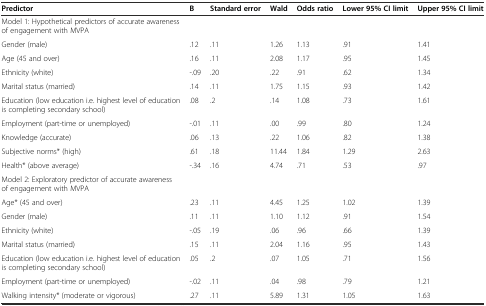
| Predictor | Β | Standard error | Wald | Odds ratio | Lower 95% CI limit | Upper 95% CI limit |
 | --- | --- | --- | --- | --- | --- | --- |
 | Model 1: Hypothetical predictors of accurate awareness of engagement with MVPA |  |  |  |  |  |  |
 | Gender (male) | .12 | .11 | 1.26 | 1.13 | .91 | 1.41 |
 | Age (45 and over) | .16 | .11 | 2.08 | 1.17 | .95 | 1.45 |
 | Ethnicity (white) | -.09 | .20 | .22 | .91 | .62 | 1.34 |
 | Marital status (married) | .14 | .11 | 1.75 | 1.15 | .93 | 1.42 |
 | Education (low education i.e. highest level of education is completing secondary school) | .08 | .2 | .14 | 1.08 | .73 | 1.61 |
 | Employment (part-time or unemployed) | -.01 | .11 | .00 | .99 | .80 | 1.24 |
 | Knowledge (accurate) | .06 | .13 | .22 | 1.06 | .82 | 1.38 |
 | Subjective norms* (high) | .61 | .18 | 11.44 | 1.84 | 1.29 | 2.63 |
 | Health* (above average) | -.34 | .16 | 4.74 | .71 | .53 | .97 |
 | Model 2: Exploratory predictor of accurate awareness of engagement with MVPA |  |  |  |  |  |  |
 | Age* (45 and over) | .23 | .11 | 4.45 | 1.25 | 1.02 | 1.39 |
 | Gender (male) | .11 | .11 | 1.10 | 1.12 | .91 | 1.54 |
 | Ethnicity (white) | -.05 | .19 | .06 | .96 | .66 | 1.39 |
 | Marital status (married) | .15 | .11 | 2.04 | 1.16 | .95 | 1.43 |
 | Education (low education i.e. highest level of education is completing secondary school) | .05 | .2 | .07 | 1.05 | .71 | 1.56 |
 | Employment (part-time or unemployed) | -.02 | .11 | .04 | .98 | .79 | 1.21 |
 | Walking intensity* (moderate or vigorous) | .27 | .11 | 5.89 | 1.31 | 1.05 | 1.63 |